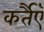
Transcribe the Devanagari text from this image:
कर्तैएँ